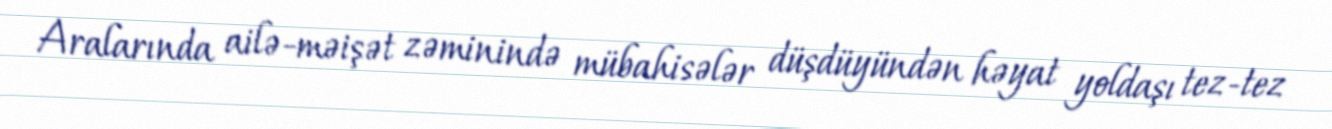
Aralarında ailə-məişət zəminində mübahisələr düşdüyündən həyat yoldaşı tez-tez